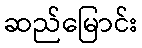
ဆည်မြောင်း